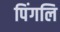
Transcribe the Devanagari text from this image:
पिंगलि